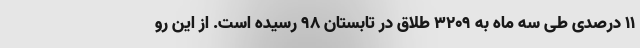
۱۱ درصدی طی سه ماه به ۳۲۰۹ طلاق در تابستان ۹۸ رسیده است. از این رو